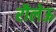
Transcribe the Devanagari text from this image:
रौलेऊ